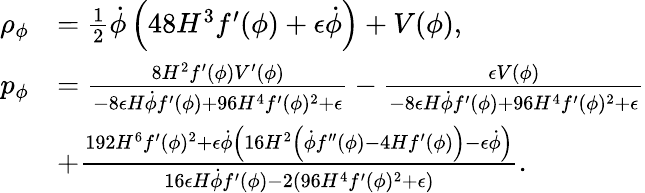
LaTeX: \begin{array}{rl}{\rho_{\phi}}&{=\frac{1}{2}\dot{\phi}\left(48H^{3}f^{\prime}(\phi)+\epsilon\dot{\phi}\right)+V(\phi),}\\ {p_{\phi}}&{=\frac{8H^{2}f^{\prime}(\phi)V^{\prime}(\phi)}{-8\epsilon H\dot{\phi}f^{\prime}(\phi)+96H^{4}f^{\prime}(\phi)^{2}+\epsilon}-\frac{\epsilon V(\phi)}{-8\epsilon H\dot{\phi}f^{\prime}(\phi)+96H^{4}f^{\prime}(\phi)^{2}+\epsilon}}\\ &{+\frac{192H^{6}f^{\prime}(\phi)^{2}+\epsilon\dot{\phi}\left(16H^{2}\left(\dot{\phi}f^{\prime\prime}(\phi)-4Hf^{\prime}(\phi)\right)-\epsilon\dot{\phi}\right)}{16\epsilon H\dot{\phi}f^{\prime}(\phi)-2\left(96H^{4}f^{\prime}(\phi)^{2}+\epsilon\right)}.}\end{array}